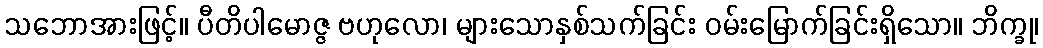
သဘောအားဖြင့်။ ပီတိပါမောဇ္ဇ ဗဟုလော၊ များသောနှစ်သက်ခြင်း ဝမ်းမြောက်ခြင်းရှိသော။ ဘိက္ခု၊